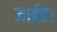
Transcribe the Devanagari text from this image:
जाईए।